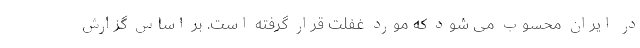
در ایران محسوب می شود که مورد غفلت قرار گرفته است. بر اساس گزارش